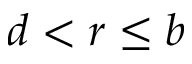
d < r \leq b